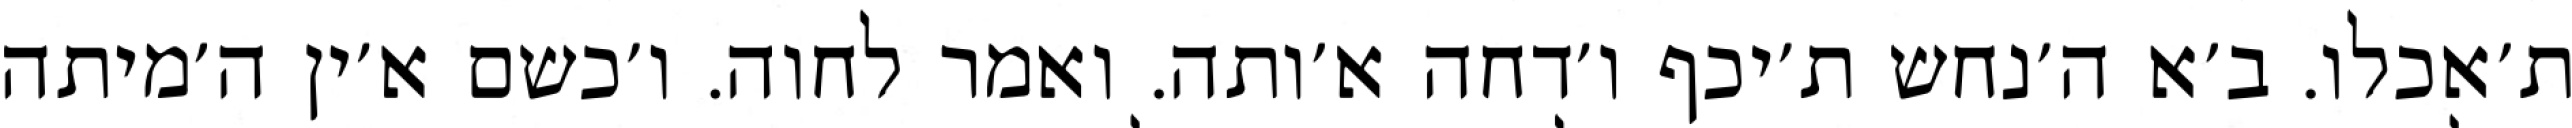
ת׳אכלו. ב׳א ה׳נחש ת׳יכף ו׳דחה א׳ותה. ואמר לחוה. ו׳כשם א׳ין ה׳מיתה